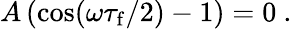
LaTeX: A\, (\cos(\omega\tau_{\mathrm{f}}/2)-1)=0~.